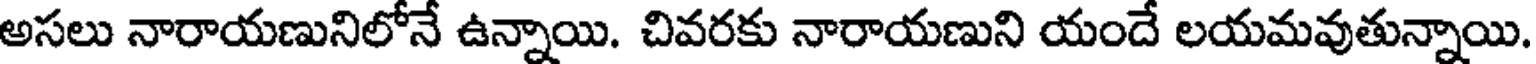
అసలు నారాయణునిలోనే ఉన్నాయి. చివరకు నారాయణుని యందే లయమవుతున్నాయి